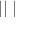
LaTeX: \bigstar \bigstar | | \bigstar |